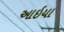
આઇયા